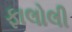
ફાલોલી